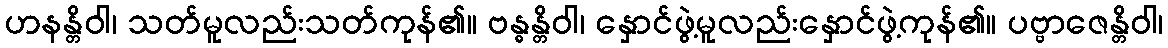
ဟနန္တိဝါ၊ သတ်မူလည်းသတ်ကုန်၏။ ဗန္ဓန္တိဝါ၊ နှောင်ဖွဲ့မူလည်းနှောင်ဖွဲ့ကုန်၏။ ပဗ္ဗာဇေန္တိဝါ၊